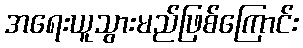
အရေးယူသွားမည်ဖြစ်ကြောင်း